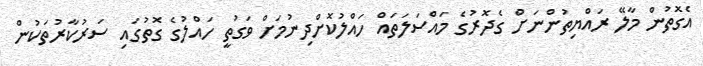
އެގޮތުން މާލޭ ރައްޔިތުންނަށް ގެދޮރުގެ މައްސަލަތައް ހައްލުކޮށްދިނުމަށް ވަގުތީ ހައްލުގެ ގޮތުގައި ސަރުކާރުތަކުން